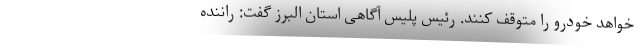
خواهد خودرو را متوقف کنند. رئیس پلیس آگاهی استان البرز گفت: راننده